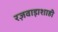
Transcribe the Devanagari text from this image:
रज़वाड़ाशाही